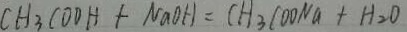
C H _ { 3 } C O O H + N a O H = C H _ { 3 } C O O N a + H _ { 2 } O